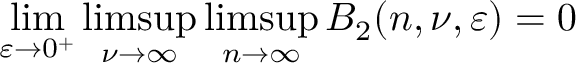
\operatorname* { l i m } _ { \varepsilon \rightarrow 0 ^ { + } } \operatorname* { l i m s u p } _ { \nu \rightarrow \infty } \operatorname* { l i m s u p } _ { n \rightarrow \infty } B _ { 2 } ( n , \nu , \varepsilon ) = 0